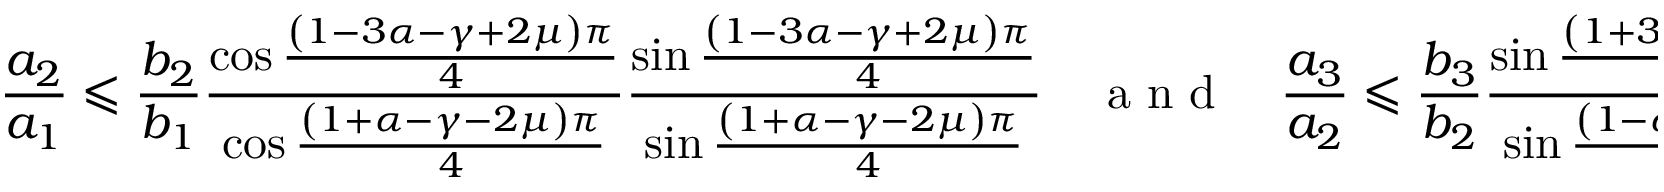
\frac { a _ { 2 } } { a _ { 1 } } \leqslant \frac { b _ { 2 } } { b _ { 1 } } \frac { \cos \frac { \left( 1 - 3 \alpha - \gamma + 2 \mu \right) \pi } { 4 } } { \cos \frac { \left( 1 + \alpha - \gamma - 2 \mu \right) \pi } { 4 } } \frac { \sin \frac { \left( 1 - 3 \alpha - \gamma + 2 \mu \right) \pi } { 4 } } { \sin \frac { \left( 1 + \alpha - \gamma - 2 \mu \right) \pi } { 4 } } \quad \mathrm { ~ a ~ n ~ d ~ } \quad \frac { a _ { 3 } } { a _ { 2 } } \leqslant \frac { b _ { 3 } } { b _ { 2 } } \frac { \sin \frac { \left( 1 + 3 \alpha + \gamma - 2 \mu \right) \pi } { 4 } } { \sin \frac { \left( 1 - \alpha + \gamma + 2 \mu \right) \pi } { 4 } } \frac { \cos \frac { \left( 1 + 3 \alpha + \gamma - 2 \mu \right) \pi } { 4 } } { \cos \frac { \left( 1 - \alpha + \gamma + 2 \mu \right) \pi } { 4 } } ,